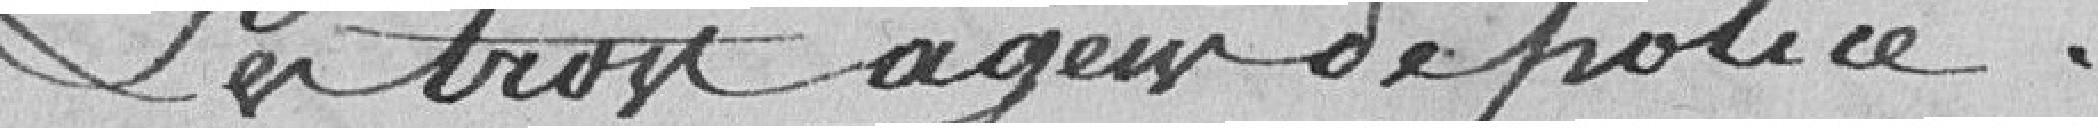
Les trois agents de la Police